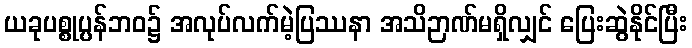
ယခုပစ္စုပ္ပန်ဘဝ၌ အလုပ်လက်မဲ့ပြဿနာ အသိဉာဏ်မရှိလျှင် ပြေးဆွဲနိုင်ပြီး